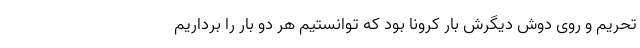
تحریم و روی دوش دیگرش بار کرونا بود که توانستیم هر دو بار را برداریم